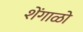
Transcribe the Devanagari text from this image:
शेंगाळो